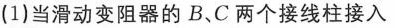
(1)当滑动变阻器的B、C两个接线柱接入